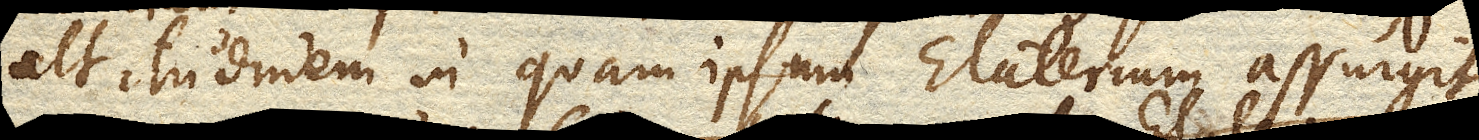
altitudinem in quam ipsum Elaterium assurgit